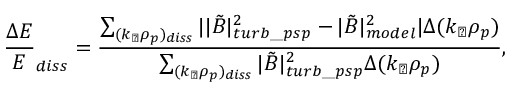
\frac { \Delta E } { E } _ { d i s s } = \frac { \sum _ { ( k _ { \perp } \rho _ { p } ) _ { d i s s } } | | \tilde { B } | _ { t u r b \_ p s p } ^ { 2 } - | \tilde { B } | _ { m o d e l } ^ { 2 } | \Delta ( k _ { \perp } \rho _ { p } ) } { \sum _ { ( k _ { \perp } \rho _ { p } ) _ { d i s s } } | \tilde { B } | _ { t u r b \_ p s p } ^ { 2 } \Delta ( k _ { \perp } \rho _ { p } ) } ,